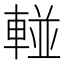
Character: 𲄹